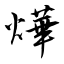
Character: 燁